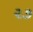
૨૭